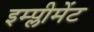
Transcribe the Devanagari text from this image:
इम्प्लीमेंट